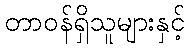
တာဝန်ရှိသူများနှင့်